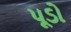
પૂડો